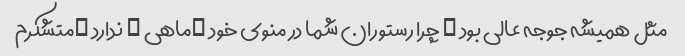
مثل همیشه جوجه عالی بود … چرا رستوران شما در منوی خود …ماهی … ندارد …متشکرم